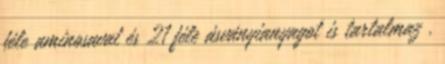
féle aminosavat és 21 féle ásványianyagot is tartalmaz .